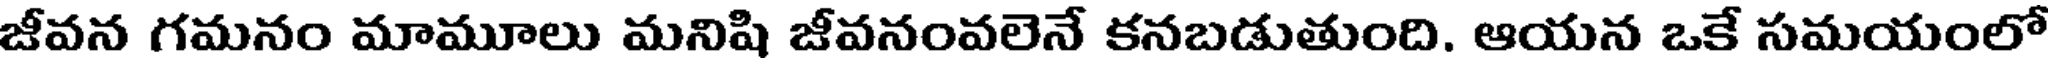
జీవన గమనం మామూలు మనిషి జీవనంవలెనే కనబడుతుంది. ఆయన ఒకే సమయంలో